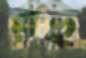
রহু